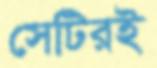
সেটিরই